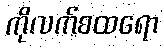
ကိုလက်စထရော